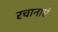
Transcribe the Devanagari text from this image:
रचानाएं